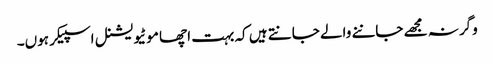
وگرنہ مجھے جاننے والے جانتے ہیں کہ بہت اچھا موٹیویشنل اسپیکر ہوں۔